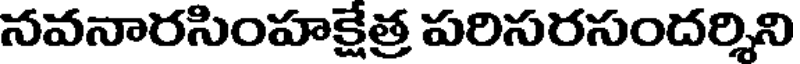
నవనారసింహక్షేత్ర పరిసరసందర్శిని